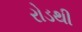
રોડથી